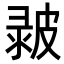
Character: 𤿴